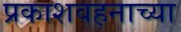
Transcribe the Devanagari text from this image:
प्रकाशवहनाच्या